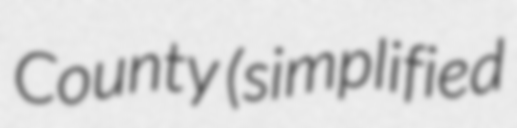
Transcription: County (simplified